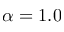
\alpha = 1 . 0